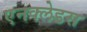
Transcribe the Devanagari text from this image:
एनक्लेडस